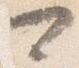
可